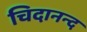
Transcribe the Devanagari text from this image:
चिदानन्‍द